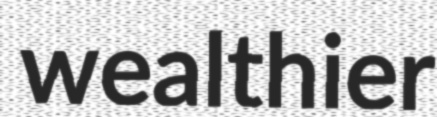
wealthier